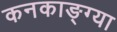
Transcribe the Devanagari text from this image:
कनकाङ्ग्या